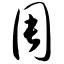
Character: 周